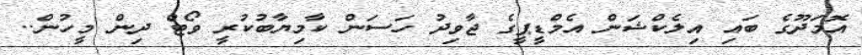
އޮމަދޫގެ ބައި އިލެކްޝަން އެމްޑީޕީގެ ޖާވިދު ހަސަން ކާމިޔާބުކުރީ ވޯޓް ދިން މީހުން..